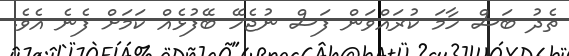
ތެދު ބަސް ހާމަ ކުރައްވަން ފަސް ނުޖެހޭ ބޭފުޅެއް ކަމަށް ފެނެ އެވެ.